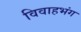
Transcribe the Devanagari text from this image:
विवाहभंग